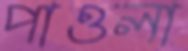
পাওলা